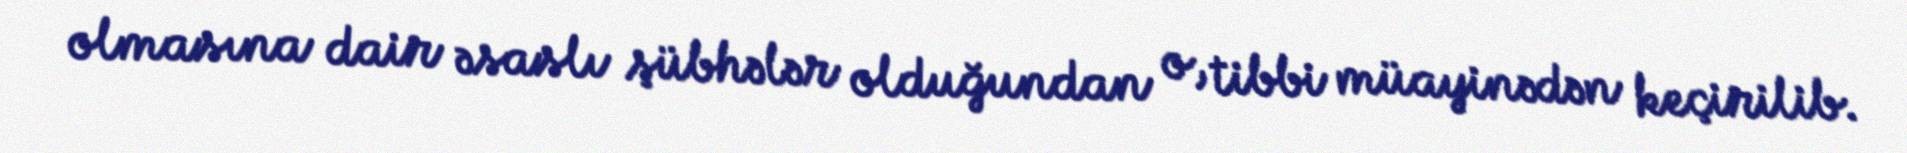
olmasına dair əsaslı şübhələr olduğundan o, tibbi müayinədən keçirilib.